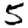
Digit: 5